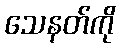
သေနတ်ကို